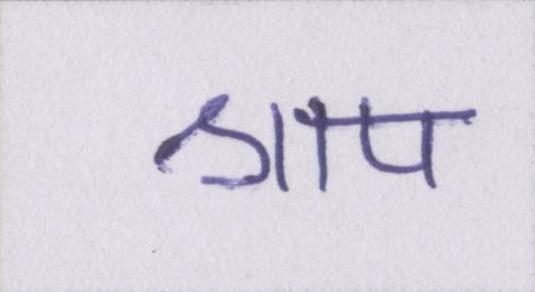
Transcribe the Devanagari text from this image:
श्राप